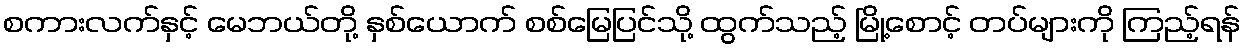
စကားလက်နှင့် မေဘယ်တို့ နှစ်ယောက် စစ်မြေပြင်သို့ ထွက်သည့် မြို့စောင့် တပ်များကို ကြည့်ရန်